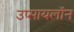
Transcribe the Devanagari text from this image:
उप्सायलॉन